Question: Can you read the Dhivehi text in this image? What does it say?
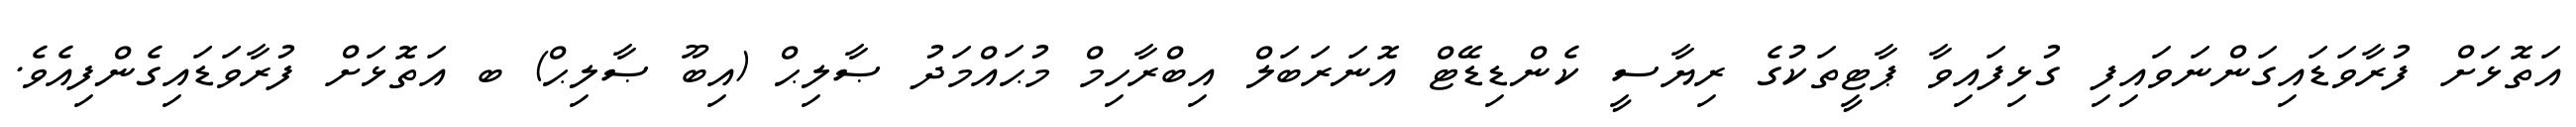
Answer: އަތޮޅަށް ފުރާވަޑައިގަންނަވައިފި ގުޅިފައިވާ ޕާޓީތަކުގެ ރިޔާސީ ކެންޑިޑޭޓް އޮނަރަބަލް އިބްރާހިމް މުޙައްމަދު ޞާލިޙް (އިބޫ ޞާލިޙް) ބ އަތޮޅަށް ފުރާވަޑައިގެންފިއެވެ.